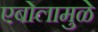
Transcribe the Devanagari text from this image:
एबोलामुळे